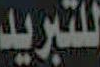
للتبريد